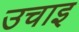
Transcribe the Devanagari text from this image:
उचाइ